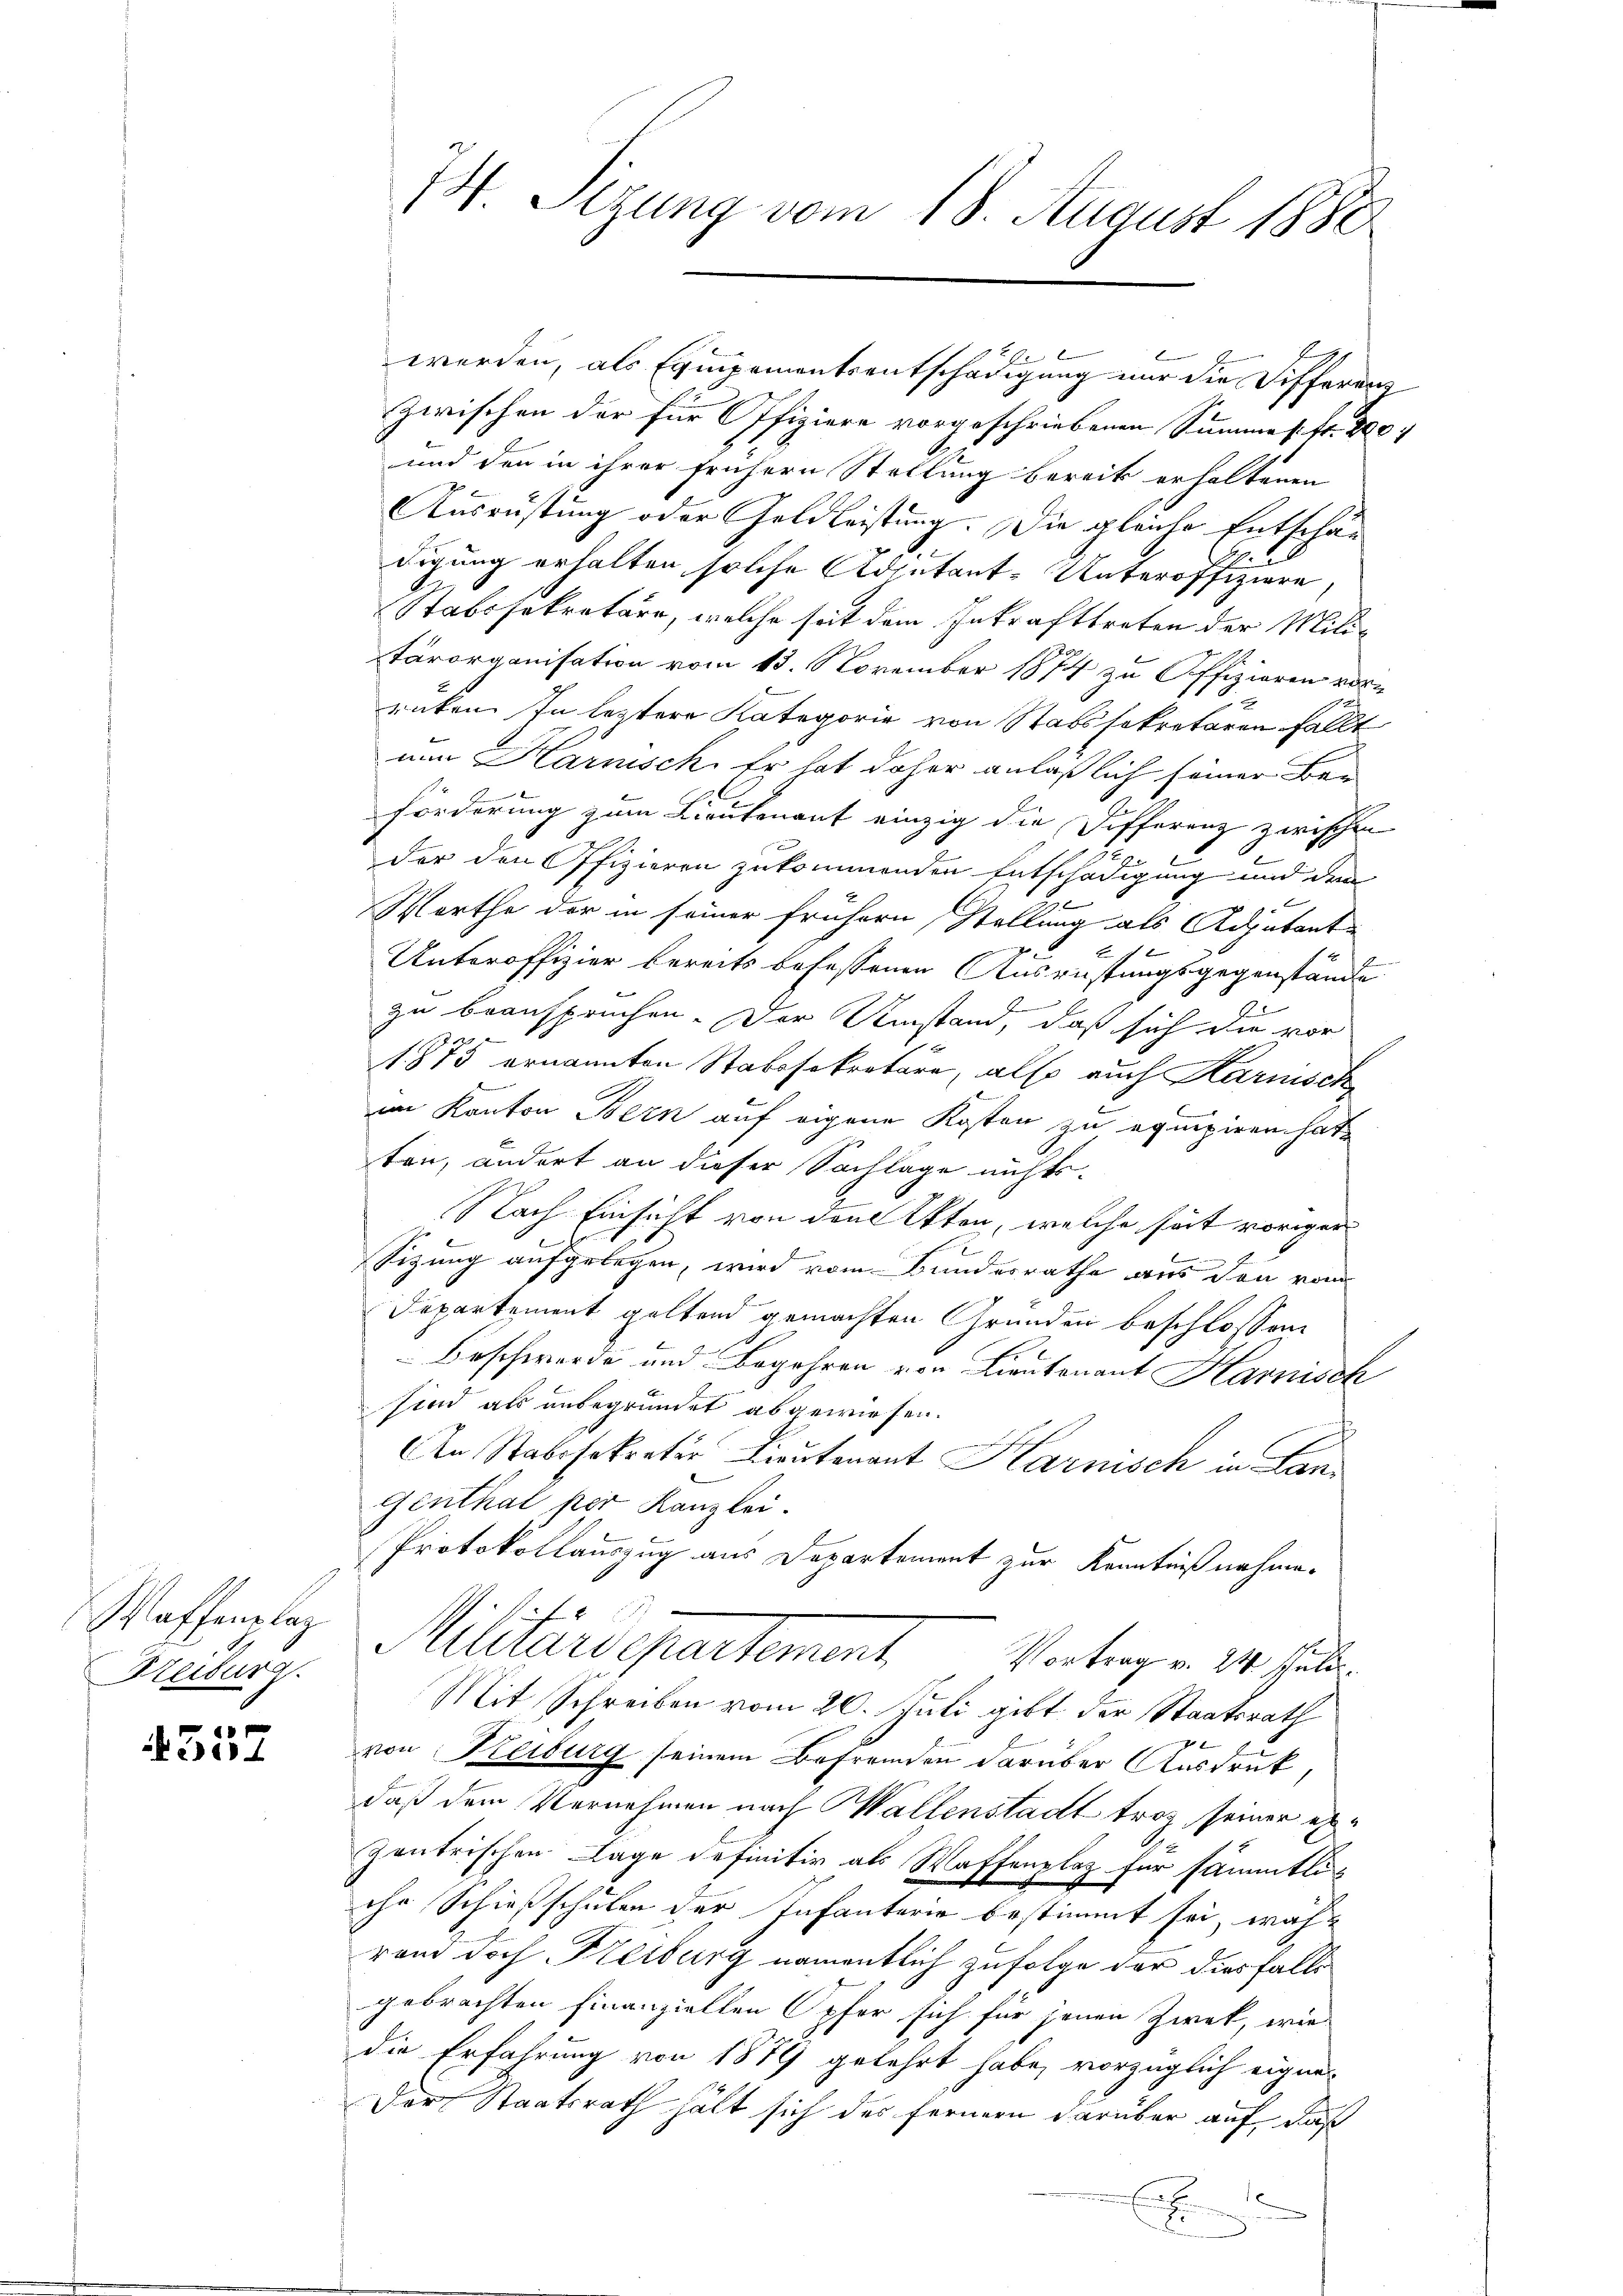
Waffenplaz
Freiburg.

4557

14 Sezung vom 18. August 1880

werden, als Equipementsentschädigung nur die Differens
zwischen der für Offiziere vorgeschriebenen Summe s. fr. 800.
und den in ihrer frühern Stellung bereits erhaltenen
Ausrüstung oder Geldleistung. Die gleiche Entschäudigung erhalten solche Adjutant-Unteroffiziere
Stabssekretäre, welche seit dem Inkrafttreten der Militärorganisation vom 13. November 1874 zu Offizieren vorrücken. In letztere Kategorie von Stabssekretären fällt
nun Harnisch. Er hat daher anläßlich seiner Be¬
Förderung zum Lieutenant einzig die Sofferenz zwischen
x
d
der den Offizieren zukommenden Entschädigung und den
f
be
Werthe der in seiner frühern Stellung als Adjutante
E
Unteroffizier bereits befassenen Ausrüstungsgegenstände
zu beanspruchen. Der Umstand, daß sich die vor
1875 ernannten Stabssekretäre, also auch Karnisch
im Kanton Bern auf eigene Kosten zu empiren hat
ten, andert an dieser Sachlage nichts-
Nach Einsicht von den Akten, welche seit voriger
Sizung aufgelegen, wird vom Bundesrathe aus den vom
Departement geltend gemachten Grunden beschlossen
Beschwerde und Begehren von Lieutenant Harnisch
sind als unbegründet abgewiesen.
An Stabssekreter Lieutenant Harnisch in Lan¬
Genthal per Kanzlei.
Protokollauszug aus Departement zur Kenntnißnahme.
Militärs spartement.   Vertrage. 14. Juli.
Mit Schreiben vom 20. Juli gibt der Staatsrath

von Reiburg seinem Befremden darüber Ausdruck,
daß dem Vernehmen nach allenstadt troz seiner ehezentrischen Lage definitiv als Waffenplaz für sämmtliihr Schießschulen der Infanterie bestimmt sei, wahr
rem doch Freiburg namentlich zufolge der diesfalls
gebrachten Finanziellen Opfer sich für jenen Zwek, wie
die Erfahrung von 1879 gelehrt habe, vorzüglich eignes
Der Staatsrath hält sich des fernern darüber auf, daß
1
e
x
E